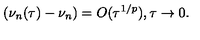
( \nu _ { n } ( \tau ) - \nu _ { n } ) = O ( \tau ^ { 1 / p } ) , \tau \rightarrow 0 .